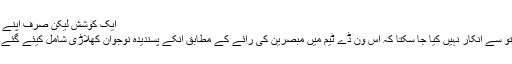
ایک کوشش لیکن صرف اپنے لیئے:
پہلے تو سے انکار نہیں کیا جا سکتا کہ اس وَن ڈے ٹیم میں مبصرین کی رائے کے مطابق اُنکے پسندیدہ نوجوان کھلاڑی شامل کیئے گئے تھے۔